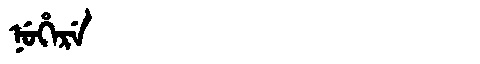
Manchu: ᠨᡠᡥᡝᡵᡝ
Romanization: NUHERE